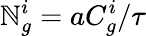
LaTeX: \mathbb{N}_{g}^{i}=aC_{g}^{i}/\tau